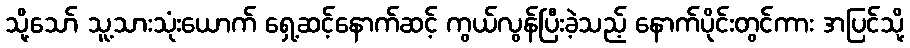
သို့သော် သူ့သားသုံးယောက် ရှေ့ဆင့်နောက်ဆင့် ကွယ်လွန်ပြီးခဲ့သည့် နောက်ပိုင်းတွင်ကား အပြင်သို့